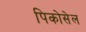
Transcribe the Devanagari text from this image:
पिकोसेल